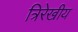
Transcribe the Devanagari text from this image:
त्रिरेखीय